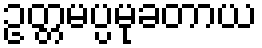
ဥတ္တမပ္ပမုခတာယ